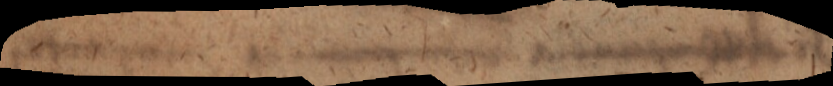
s a t